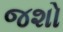
જશો